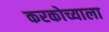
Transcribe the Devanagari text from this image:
करकोच्याला